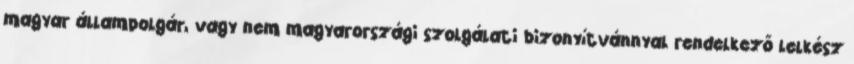
magyar állampolgár, vagy nem magyarországi szolgálati bizonyítvánnyal rendelkező lelkész